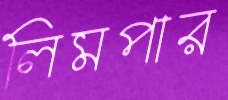
লিমপার